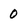
Character: 0